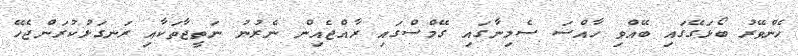
ހެންވޭރު ބޯޅަގޭގައި ބޭއްވި ހާއްސަ ސެމިނާގައި ގޭމްސްގައި ރާއްޖެއިން ނެރުނު ނަތީޖާތަކާއި ރަނގަޅުކުރަންޖެހޭ